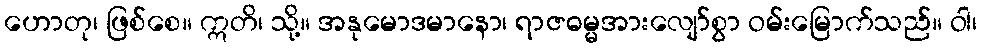
ဟောတု၊ ဖြစ်စေ။ ဣတိ၊ သို့။ အနုမောဒမာနော၊ ရာဇဓမ္မအားလျော်စွာ ဝမ်းမြောက်သည်။ ဝါ၊